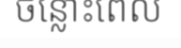
ចន្លោះពេល